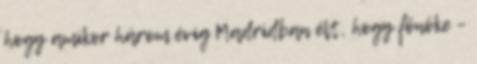
hogy amikor három évig Madridban élt, hogy főnöke –